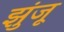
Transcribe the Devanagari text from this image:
झुंजू